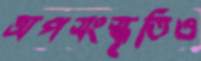
অপসংস্কৃতিও